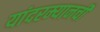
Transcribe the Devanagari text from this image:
यांदरम्यानची